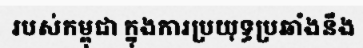
របស់កម្ពុជា ក្នុងការប្រយុទ្ធប្រឆាំងនឹង